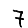
Digit: 7